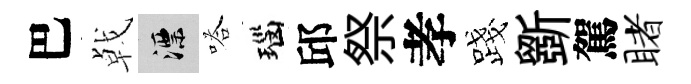
巴㦸漂嗒瑙邱祭孝露斵駕睹